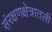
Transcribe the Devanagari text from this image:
संरक्षणक्षेत्रातली